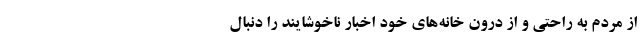
از مردم به راحتی و از درون خانه‌های خود اخبار ناخوشایند را دنبال